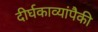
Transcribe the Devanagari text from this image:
दीर्घकाव्यांपैकी